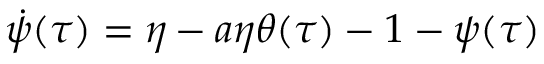
\dot { \psi } ( \tau ) = \eta - a \eta \theta ( \tau ) - 1 - { \psi } ( \tau )